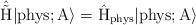
LaTeX: \begin{align*}\hat{\tilde{\rm H}} |{\rm phys};A \rangle =\hat{\rm H}_{\rm phys} |{\rm phys};A \rangle\end{align*}